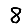
Digit: 8